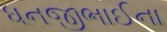
ધનજીભાઈના